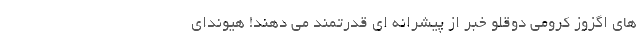
های اگزوز کرومی دوقلو خبر از پیشرانه ای قدرتمند می دهند! هیوندای